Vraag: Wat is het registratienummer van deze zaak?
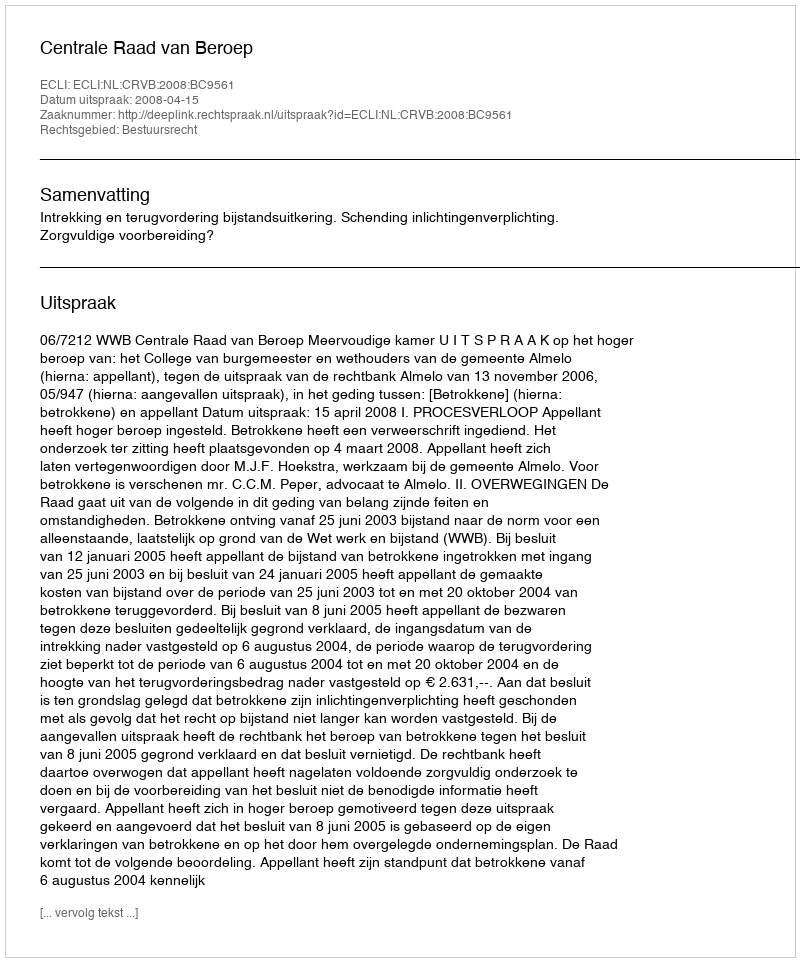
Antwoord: http://deeplink.rechtspraak.nl/uitspraak?id=ECLI:NL:CRVB:2008:BC9561